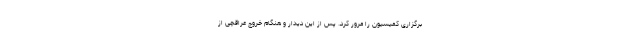
برگزاری کمیسیون را مرور کرد. پس از این دیدار و هنگام خروج عراقچی از